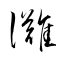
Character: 灘